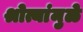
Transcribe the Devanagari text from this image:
श्रोत्यांमुळे